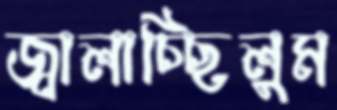
জ্বালাচ্ছিলুম